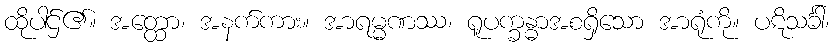
ထိုပါဌ်၏။ အတ္ထော၊ အနက်ကား။ အာရမ္မဏဿ၊ ရူပက္ခန္ဓာအစရှိသော အာရုံကို။ ပဋိသင်္ခါ၊